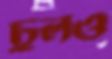
চুলও